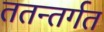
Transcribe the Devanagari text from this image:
ततन्तर्गत